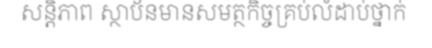
សន្តិភាព ស្ថាប័នមានសមត្ថកិច្ចគ្រប់លំដាប់ថ្នាក់